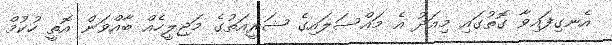
އެނގިފައިވާ ގޮތުގައި މިއަދު އެ މައްސަލައިގެ ޝަރީއަތުގެ މަޖިލީހެއް ބާއްވަން އޮތީ ހުކުމް